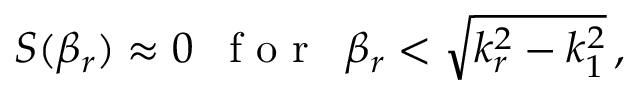
S ( \beta _ { r } ) \approx 0 \, \, \, \textrm { f o r } \, \, \, \beta _ { r } < \sqrt { k _ { r } ^ { 2 } - k _ { 1 } ^ { 2 } } \, ,